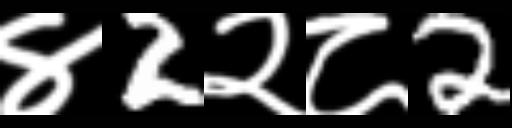
Text: ४2२८2